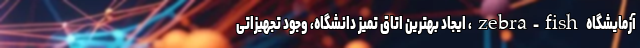
آزمایشگاه zebra-fish، ایجاد بهترین اتاق تمیز دانشگاه، وجود تجهیزاتی